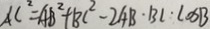
A C ^ { 2 } = A B ^ { 2 } + B C ^ { 2 } - 2 A B \cdot B C \cdot \cos B